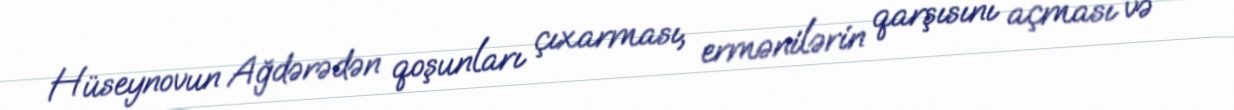
Hüseynovun Ağdərədən qoşunları çıxarması, ermənilərin qarşısını açması və